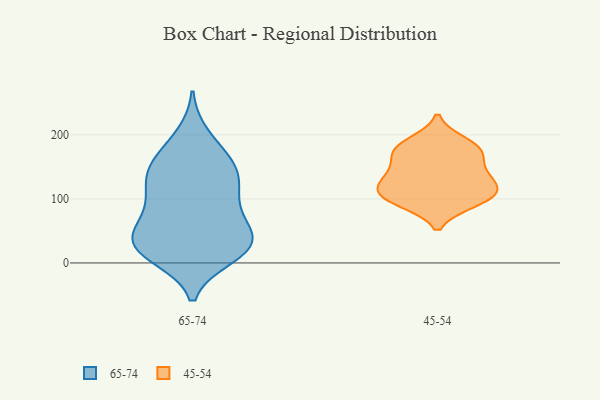
{"axis": {"x": "Active Users", "y": "Value"}, "legend": ["45-54", "65-74"], "data": [{"x": "", "y": 96, "type": "65-74"}, {"x": "", "y": 56, "type": "65-74"}, {"x": "", "y": 42, "type": "65-74"}, {"x": "", "y": 22, "type": "65-74"}, {"x": "", "y": 150, "type": "65-74"}, {"x": "", "y": 28, "type": "65-74"}, {"x": "", "y": 146, "type": "65-74"}, {"x": "", "y": 145, "type": "65-74"}, {"x": "", "y": 123, "type": "65-74"}, {"x": "", "y": 38, "type": "65-74"}, {"x": "", "y": 91, "type": "65-74"}, {"x": "", "y": 11, "type": "65-74"}, {"x": "", "y": 29, "type": "65-74"}, {"x": "", "y": 66, "type": "65-74"}, {"x": "", "y": 23, "type": "65-74"}, {"x": "", "y": 198, "type": "65-74"}, {"x": "", "y": 17, "type": "65-74"}, {"x": "", "y": 106, "type": "65-74"}, {"x": "", "y": 177, "type": "65-74"}, {"x": "", "y": 143, "type": "65-74"}, {"x": "", "y": 170, "type": "45-54"}, {"x": "", "y": 177, "type": "45-54"}, {"x": "", "y": 95, "type": "45-54"}, {"x": "", "y": 117, "type": "45-54"}, {"x": "", "y": 104, "type": "45-54"}, {"x": "", "y": 176, "type": "45-54"}, {"x": "", "y": 98, "type": "45-54"}, {"x": "", "y": 137, "type": "45-54"}, {"x": "", "y": 144, "type": "45-54"}, {"x": "", "y": 110, "type": "45-54"}, {"x": "", "y": 188, "type": "45-54"}, {"x": "", "y": 128, "type": "45-54"}]}